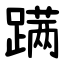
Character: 蹒